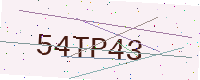
Text: 54TP43